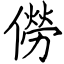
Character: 僗